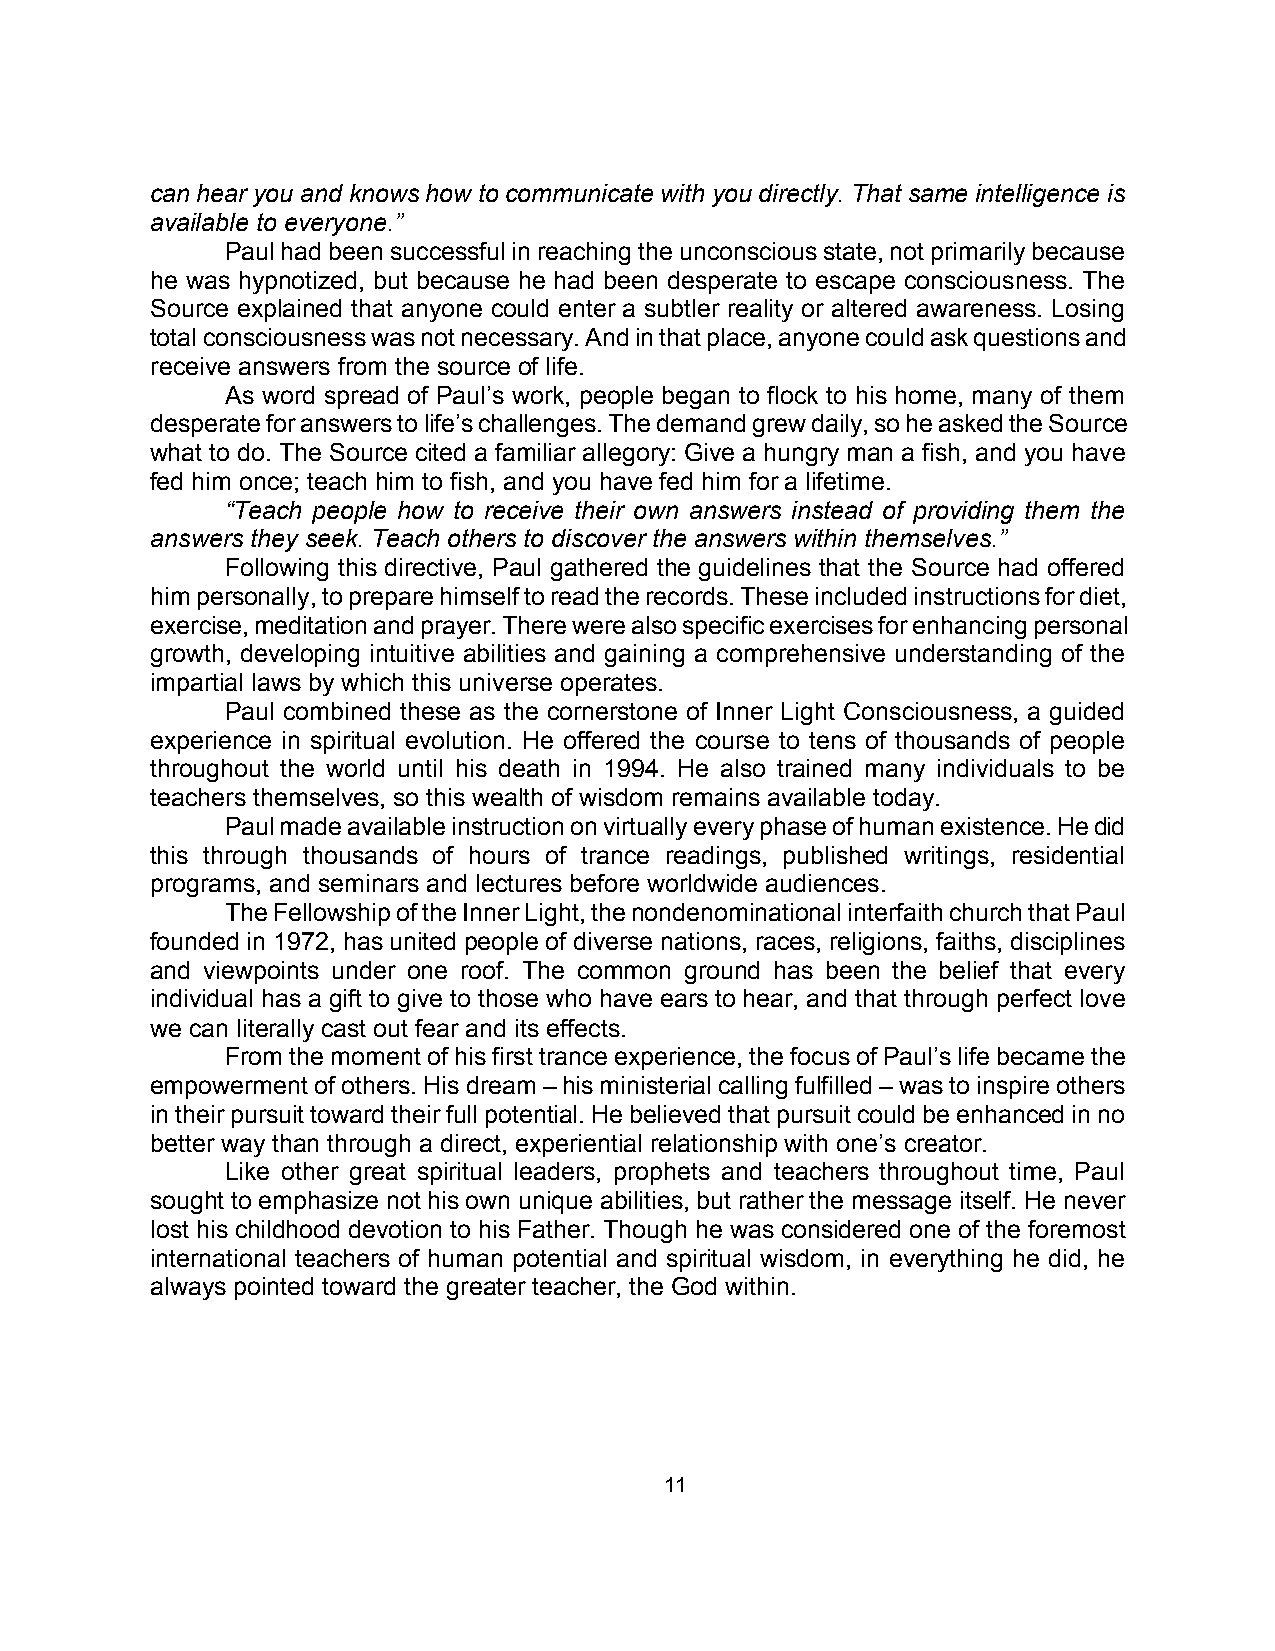
can hear you and knows how to communicate with you directly. That same intelligence is
 available to everyone.”
 Paul had been successful in reaching the unconscious state, not primarily because
 he was hypnotized, but because he had been desperate to escape consciousness. The
 Source explained that anyone could enter a subtler reality or altered awareness. Losing
 total consciousness was not necessary. And in that place, anyone could ask questions and
 receive answers from the source of life.
 As word spread of Paul’s work, people began to flock to his home, many of them
 desperate for answers to life’s challenges. The demand grew daily, so he asked the Source
 what to do. The Source cited a familiar allegory: Give a hungry man a fish, and you have
 fed him once; teach him to fish, and you have fed him for a lifetime.
 “Teach people how to receive their own answers instead of providing them the
 answers they seek. Teach others to discover the answers within themselves.”
 Following this directive, Paul gathered the guidelines that the Source had offered
 him personally, to prepare himself to read the records. These included instructions for diet,
 exercise, meditation and prayer. There were also specific exercises for enhancing personal
 growth, developing intuitive abilities and gaining a comprehensive understanding of the
 impartial laws by which this universe operates.
 Paul combined these as the cornerstone of Inner Light Consciousness, a guided
 experience in spiritual evolution. He offered the course to tens of thousands of people
 throughout the world until his death in 1994. He also trained many individuals to be
 teachers themselves, so this wealth of wisdom remains available today.
 Paul made available instruction on virtually every phase of human existence. He did
 this through thousands of hours of trance readings, published writings, residential
 programs, and seminars and lectures before worldwide audiences.
 The Fellowship of the Inner Light, the nondenominational interfaith church that Paul
 founded in 1972, has united people of diverse nations, races, religions, faiths, disciplines
 and viewpoints under one roof. The common ground has been the belief that every
 individual has a gift to give to those who have ears to hear, and that through perfect love
 we can literally cast out fear and its effects.
 From the moment of his first trance experience, the focus of Paul’s life became the
 empowerment of others. His dream – his ministerial calling fulfilled – was to inspire others
 in their pursuit toward their full potential. He believed that pursuit could be enhanced in no
 better way than through a direct, experiential relationship with one’s creator.
 Like other great spiritual leaders, prophets and teachers throughout time, Paul
 sought to emphasize not his own unique abilities, but rather the message itself. He never
 lost his childhood devotion to his Father. Though he was considered one of the foremost
 international teachers of human potential and spiritual wisdom, in everything he did, he
 always pointed toward the greater teacher, the God within.
 11